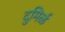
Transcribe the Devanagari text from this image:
दुमिर्ळ